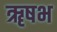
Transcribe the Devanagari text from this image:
ॠषभ